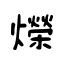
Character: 爃